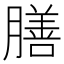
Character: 膳